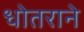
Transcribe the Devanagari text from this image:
धोतराने